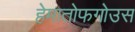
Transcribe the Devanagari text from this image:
हेमातोफगोउस